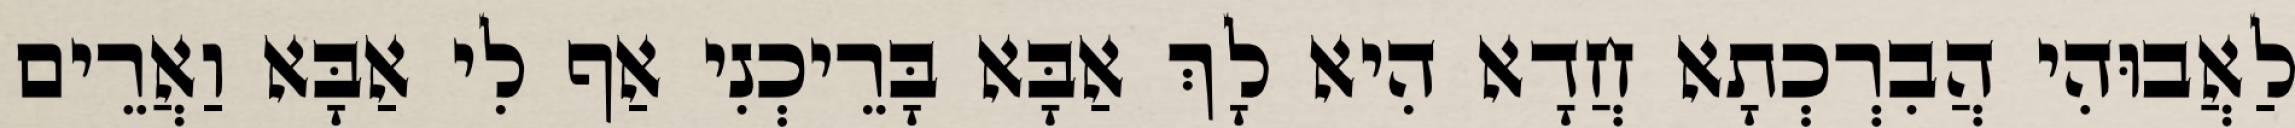
לַאֲבוּהִי הֲבִרְכְתָא חֲדָא הִיא לָךְ אַבָּא בָּרֵיכְנִי אַף לִי אַבָּא וַאֲרֵים